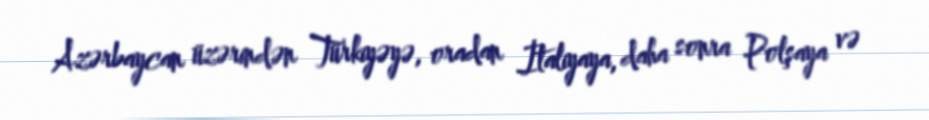
Azərbaycan üzərindən Türkiyəyə, oradan İtaliyaya, daha sonra Polşaya və